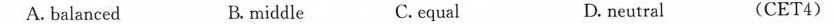
A. balanced B. middle C.equal D. neutral (CET 4)